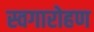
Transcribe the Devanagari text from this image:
स्वगारोहण